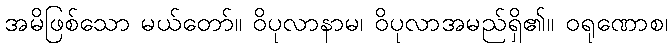
အမိဖြစ်သော မယ်တော်။ ဝိပုလာနာမ၊ ဝိပုလာအမည်ရှိ၏။ ဝရုဏောစ၊